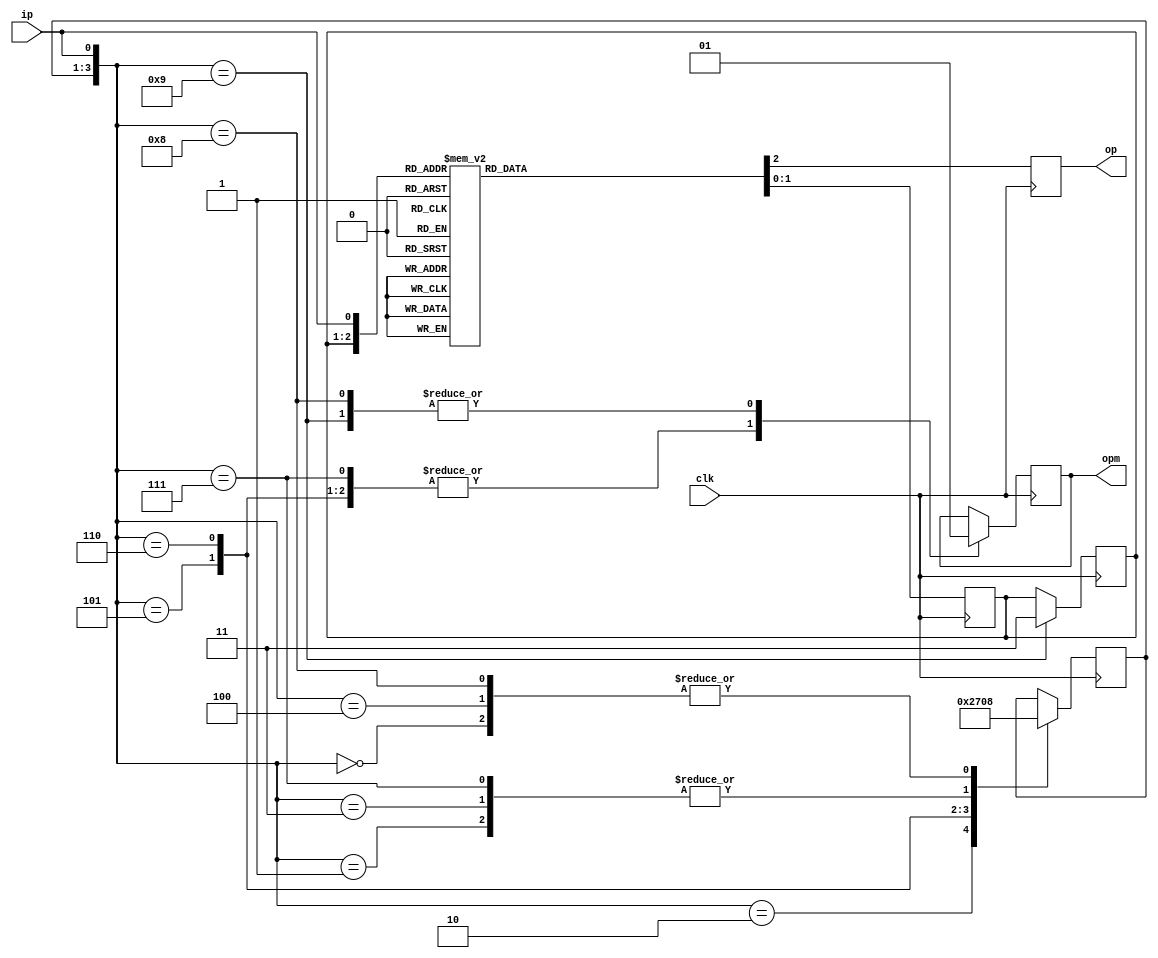
// op is for melay and opm is for moore logic
module soham_seq(clk,ip,op,opm); //1010 detector using meelay state machine
input ip,clk;
output reg op,opm;
reg [1:0]s;
reg [2:0]s1;

initial begin
s=2'b00;
s1=3'b000;
op=0;
opm=0;
end

always @ (posedge clk) begin
case({s,ip})

3'b000:
begin
 s<=2'b00; 
 op<=0;
end

3'b001:
begin
 s<=2'b01; 
 op<=0;
end

3'b010:
begin
 s<=2'b10; 
 op<=0;
end

3'b011:
begin
 s<=2'b01; 
 op<=0;
end

3'b100:
begin
 s<=2'b00; 
 op<=0;
end

3'b101:
begin
 s<=2'b11; 
 op<=0;
end

3'b110:
begin
 s<=2'b10; 
 op<=1;
end

3'b111:
begin
 s<=2'b01; 
 op<=0;
end

endcase
end


always @ (posedge clk) begin
case({s1,ip})

4'b0000: 
begin
s1<=3'b000;
opm<=0;
end

4'b0001: begin
s1<=3'b001;
opm<=0;
end

4'b0010: begin
s1<=3'b010;
opm<=0;
end

4'b0011: begin
s1<=3'b001;
opm<=0;
end




4'b0100: begin
s1<=3'b000;
opm<=0;
end

4'b0101: begin
s1<=3'b011;
opm<=0;
end


4'b0110: begin
s1<=3'b100;
opm<=0;
end

4'b0111: begin
s1<=3'b001;
opm<=0;
end



 4'b1000:begin
s1<=3'b000;
opm<=1;
end

4'b1001:begin
s<=3'b011;
	 opm<=1;
end

endcase 
end

endmodule